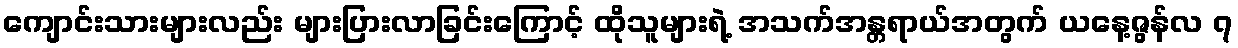
ကျောင်းသားများလည်း များပြားလာခြင်းကြောင့် ထိုသူများရဲ့ အသက်အန္တရာယ်အတွက် ယနေ့ဇွန်လ ၇